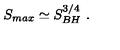
S _ { m a x } \simeq S _ { B H } ^ { 3 / 4 } \ .